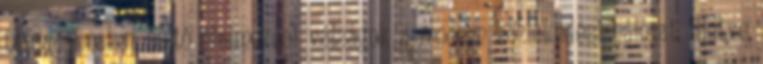
társadalmakat sújtó élelmezési válságok a modern közlekedési hálózat, illetve